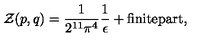
{ \cal Z } ( p , q ) = \frac { 1 } { 2 ^ { 1 1 } \pi ^ { 4 } } \frac { 1 } { \epsilon } + \mathrm { f i n i t e p a r t } ,